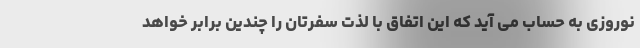
نوروزی به حساب می آید که این اتفاق با لذت سفرتان را چندین برابر خواهد